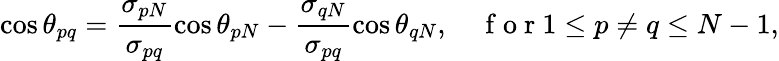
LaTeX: \cos\theta_{pq}=\frac{\sigma_{pN}}{\sigma_{pq}}\cos\theta_{pN}-\frac{\sigma_{qN}}{\sigma_{pq}}\cos\theta_{qN},\quad\mathrm{~f~o~r~}1\leq p\neq q\leq N-1,